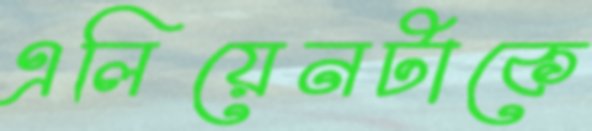
এলিয়েনটাকে